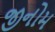
જીનોમ